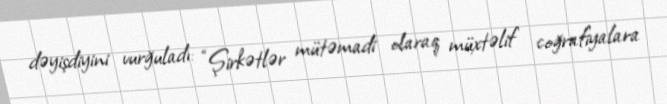
dəyişdiyini vurğuladı: “Şirkətlər mütəmadi olaraq müxtəlif coğrafiyalara